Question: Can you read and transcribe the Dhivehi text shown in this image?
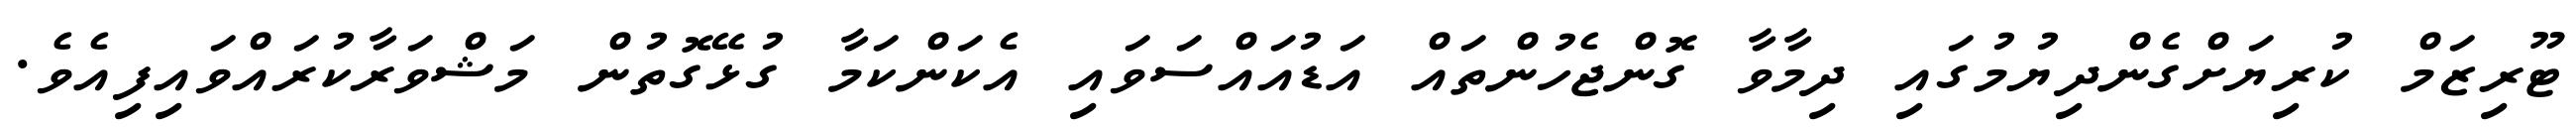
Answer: ޓޫރިޒަމް ކުރިޔަށްގެންދިޔުމުގައި ދިމާވާ ގޮންޖެހުންތައް އަޑުއައްސަވައި އެކަންކަމާ ގުޅޭގޮތުން މަޝްވަރާކުރައްވައިފިއެވެ.